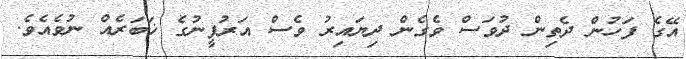
އޭގެ ފަހުން ދެތިން ދުވަސް ވެގެން ދިޔައިރު ވެސް އަރުފީނުގެ ޚަބަރެއް ނުވެއެވެ.